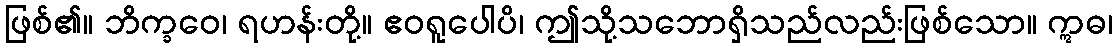
ဖြစ်၏။ ဘိက္ခဝေ၊ ရဟန်းတို့။ ဧဝရူပေါပိ၊ ဤသို့သဘောရှိသည်လည်းဖြစ်သော။ ဣဓ၊